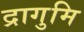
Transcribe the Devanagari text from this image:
द्रागुमि